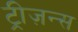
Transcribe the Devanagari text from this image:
ट्रीज़न्स